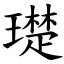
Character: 璴